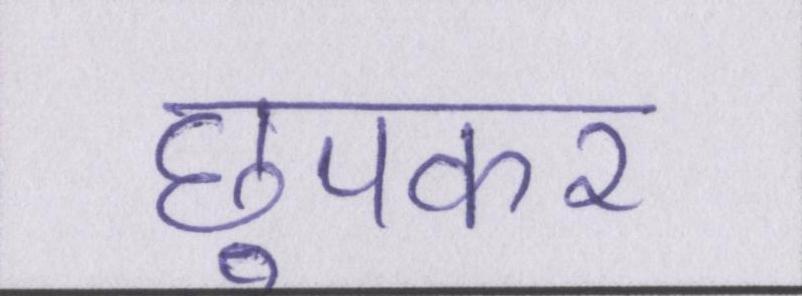
छुपकर